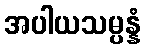
အပါယသမ္ပန္နံ